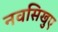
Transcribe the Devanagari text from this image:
नवसिखुए